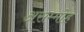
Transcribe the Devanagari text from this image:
असम्मोह